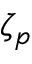
\zeta _ { p }